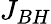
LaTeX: J_{BH}